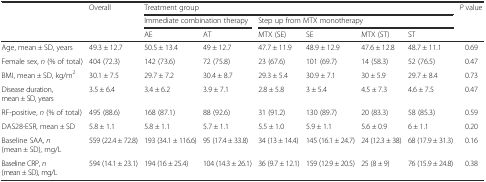
| <ROWSPAN=3>  | <ROWSPAN=3> Overall | <COLSPAN=6> Treatment group | <ROWSPAN=3> P value |
 | <COLSPAN=2> Immediate combination therapy | <COLSPAN=4> Step up from MTX monotherapy |
 | AE | AT | MTX (SE) | SE | MTX (ST) | ST |
 | --- | --- | --- | --- | --- | --- | --- | --- | --- |
 | Age, mean ± SD, years | 49.3 ± 12.7 | 50.5 ± 13.4 | 49 ± 12.7 | 47.7 ± 11.9 | 48.9 ± 12.9 | 47.6 ± 12.8 | 48.7 ± 11.1 | 0.69 |
 | Female sex, n (% of total) | 404 (72.3) | 142 (73.6) | 72 (75.8) | 23 (67.6) | 101 (69.7) | 14 (58.3) | 52 (76.5) | 0.47 |
 | BMI, mean ± SD, kg/m2 | 30.1 ± 7.5 | 29.7 ± 7.2 | 30.4 ± 8.7 | 29.3 ± 5.4 | 30.9 ± 7.1 | 30 ± 5.9 | 29.7 ± 8.4 | 0.73 |
 | Disease duration, mean ± SD, years | 3.5 ± 6.4 | 3.4 ± 6.2 | 3.9 ± 7.1 | 2.8 ± 5.8 | 3 ± 5.4 | 4.5 ± 7.3 | 4.6 ± 7.5 | 0.47 |
 | RF-positive, n (% of total) | 495 (88.6) | 168 (87.1) | 88 (92.6) | 31 (91.2) | 130 (89.7) | 20 (83.3) | 58 (85.3) | 0.59 |
 | DAS28-ESR, mean ± SD | 5.8 ± 1.1 | 5.8 ± 1.1 | 5.7 ± 1.1 | 5.5 ± 1.0 | 5.9 ± 1.1 | 5.6 ± 0.9 | 6 ± 1.1 | 0.20 |
 | Baseline SAA, n (mean ± SD), mg/L | 559 (22.4 ± 72.8) | 193 (34.1 ± 116.6) | 95 (17.4 ± 33.8) | 34 (13 ± 14.4) | 145 (16.1 ± 24.7) | 24 (12.3 ± 38) | 68 (17.9 ± 31.3) | 0.16 |
 | Baseline CRP, n (mean ± SD), mg/L | 594 (14.1 ± 23.1) | 194 (16 ± 25.4) | 104 (14.3 ± 26.1) | 36 (9.7 ± 12.1) | 159 (12.9 ± 20.5) | 25 (8 ± 9) | 76 (15.9 ± 24.8) | 0.38 |